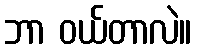
ဘာ ဝယ်တာလဲ။